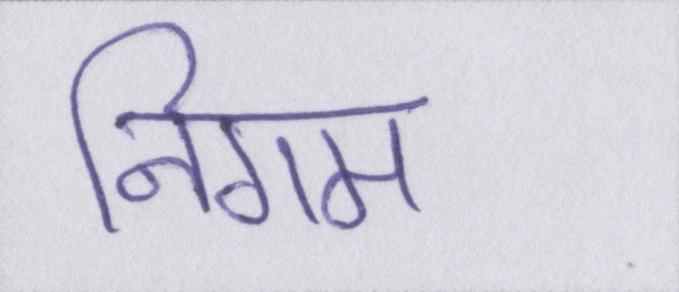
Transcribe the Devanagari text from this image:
निगम